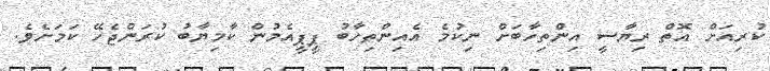
ކުރިއަށް އޮތް ރިޔާސީ އިންތިހާބަށް ނިކުމެ އެއިންތިހާބު ޕީޕީއެމުން ކާމިޔާބު ކުރަންޖެހޭ ކަމަށެވެ.